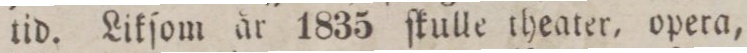
tid. Likſom år 1835 ſkulle theater, opera,